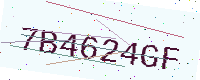
Text: 7B4624GF